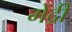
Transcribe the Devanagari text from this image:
मेंद्री